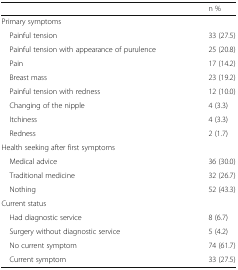
<table><thead><tr><td></td><td><b>n %</b></td></tr></thead><tbody><tr><td colspan="2">Primary symptoms</td></tr><tr><td> Painful tension</td><td>33 (27.5)</td></tr><tr><td> Painful tension with appearance of purulence</td><td>25 (20.8)</td></tr><tr><td> Pain</td><td>17 (14.2)</td></tr><tr><td> Breast mass</td><td>23 (19.2)</td></tr><tr><td> Painful tension with redness</td><td>12 (10.0)</td></tr><tr><td> Changing of the nipple</td><td>4 (3.3)</td></tr><tr><td> Itchiness</td><td>4 (3.3)</td></tr><tr><td> Redness</td><td>2 (1.7)</td></tr><tr><td colspan="2">Health seeking after first symptoms</td></tr><tr><td> Medical advice</td><td>36 (30.0)</td></tr><tr><td> Traditional medicine</td><td>32 (26.7)</td></tr><tr><td> Nothing</td><td>52 (43.3)</td></tr><tr><td colspan="2">Current status</td></tr><tr><td> Had diagnostic service</td><td>8 (6.7)</td></tr><tr><td> Surgery without diagnostic service</td><td>5 (4.2)</td></tr><tr><td> No current symptom</td><td>74 (61.7)</td></tr><tr><td> Current symptom</td><td>33 (27.5)</td></tr></tbody></table>